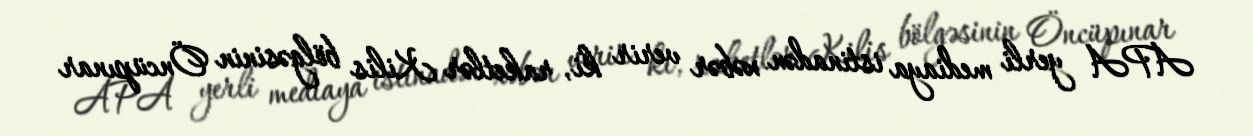
APA yerli mediaya istinadən xəbər verir ki, raketlər Kilis bölgəsinin Öncüpınar